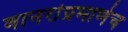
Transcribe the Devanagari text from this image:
वानरांप्रमाणेच